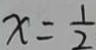
x = \frac { 1 } { 2 }